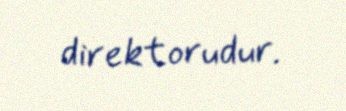
direktorudur.